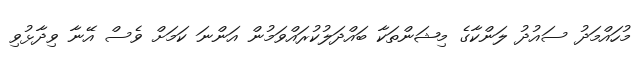
މުހައްމަދު ސައުދު ލަންކާގެ މިޝަންތަކާ ބައްދަލުކުރައްވަމުން އަންނަ ކަމަށް ވެސް އޭނާ ވިދާޅުވި